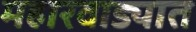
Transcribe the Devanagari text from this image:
महारवाड्यात